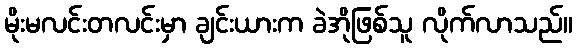
မိုးမလင်းတလင်းမှာ ချင်းယားက ခဲအိုဖြစ်သူ လိုက်လာသည်။